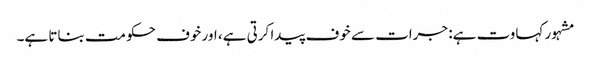
مشہور کہاوت ہے: جرات سے خوف پیدا کرتی ہے، اور خوف حکومت بناتا ہے۔